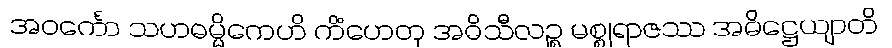
အဝင်္ကော သဟဓမ္မိကေဟိ ကိံဟေတု အဓိသီလဉ္စ မစ္စုရာဇဿ အဓိဋ္ဌေယျာတိ